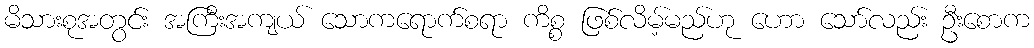
မိသားစုအတွင်း အကြီးအကျယ် သောကရောက်စရာ ကိစ္စ ဖြစ်လိမ့်မည်ဟု ဟော သော်လည်း ဦးစောက